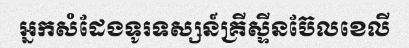
អ្នកសំដែងទូរទស្សន៍គ្រីស្ទីនប៊ែលខេលី